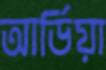
আর্ডিয়া